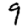
Digit: 9